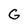
Character: G